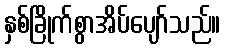
နှစ်ခြိုက်စွာအိပ်ပျော်သည်။